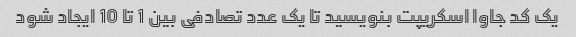
یک کد جاوا اسکریپت بنویسید تا یک عدد تصادفی بین 1 تا 10 ایجاد شود